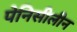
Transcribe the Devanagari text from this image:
पेनिसीलीन